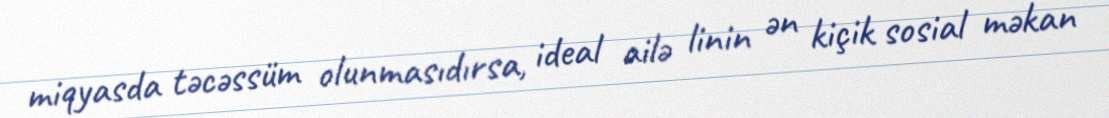
miqyasda təcəssüm olunmasıdırsa, ideal ailə linin ən kiçik sosial məkan